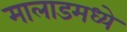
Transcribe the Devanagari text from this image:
मालाडमध्ये